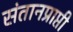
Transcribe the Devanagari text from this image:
संतानप्राप्ती